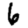
Digit: 6